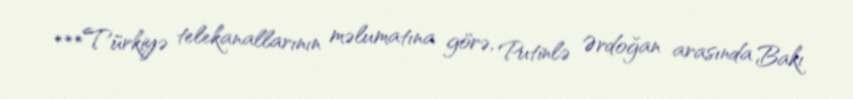
***Türkiyə telekanallarının məlumatına görə, Putinlə Ərdoğan arasında Bakı